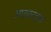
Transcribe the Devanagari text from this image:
आरकाइक